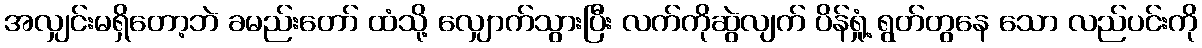
အလျှင်းမရှိတော့ဘဲ ခမည်းတော် ထံသို့ လျှောက်သွားပြီး လက်ကိုဆွဲလျက် ပိန်ရှုံ့ ရွတ်တွနေ သော လည်ပင်းကို